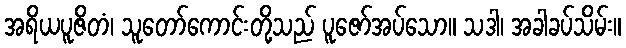
အရိယပူဇိတံ၊ သူတော်ကောင်းတို့သည် ပူဇော်အပ်သော။ သဒါ၊ အခါခပ်သိမ်း။